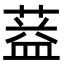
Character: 𦶩